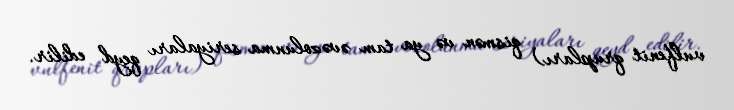
vulfenit qrupları) qismən və ya tam əvəzolunma seriyaları qeyd edilir.